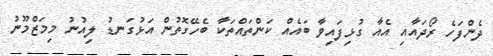
ދެންފަހެ ރޯދައާއި އެއާ ގުޅިފައިވާ ބައެއް ކަންތައްތަކާ ބެހޭގޮތުން އަޅުގަނޑު ލިއުނު މިމަޒްމޫނު